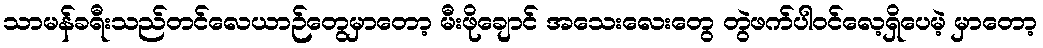
သာမန်ခရီးသည်တင်လေယာဉ်တွေမှာတော့ မီးဖိုချောင် အသေးလေးတွေ တွဲဖက်ပါဝင်လေ့ရှိပေမဲ့ မှာတော့